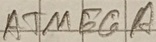
Text: ATMEGA